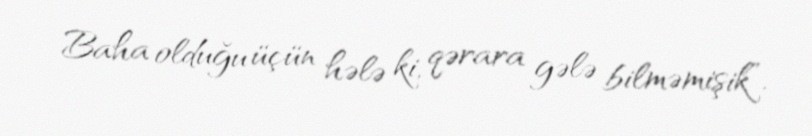
Baha olduğu üçün hələ ki, qərara gələ bilməmişik”.